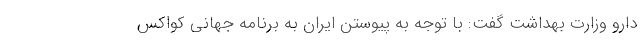
دارو وزارت بهداشت گفت: با توجه به پیوستن ایران به برنامه جهانی کواکس